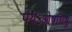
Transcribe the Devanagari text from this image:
पयऽओषधिषु